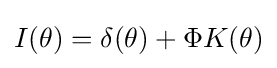
I(\theta )=\delta (\theta )+\Phi K(\theta )